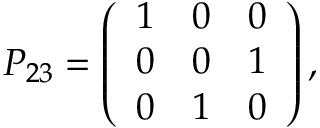
P _ { 2 3 } = \left( \begin{array} { l l l } { { 1 } } & { { 0 } } & { { 0 } } \\ { { 0 } } & { { 0 } } & { { 1 } } \\ { { 0 } } & { { 1 } } & { { 0 } } \end{array} \right) ,